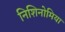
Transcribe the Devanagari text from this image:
निशिनोमिया